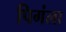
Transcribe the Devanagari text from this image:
पिगंला